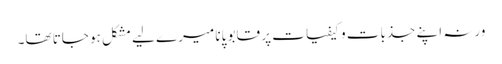
ورنہ اپنے جذبات و کیفیات پر قابو پانا میرے لیے مشکل ہو جاتا تھا۔